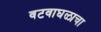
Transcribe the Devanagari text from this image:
वटवाघळाचा